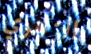
الزهري